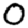
Digit: 0